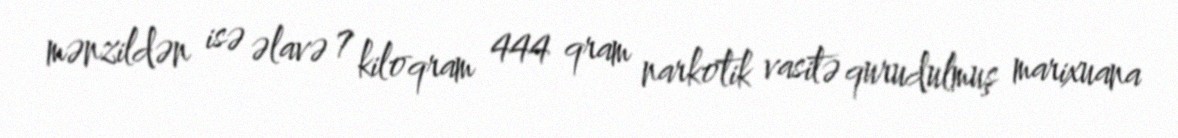
mənzildən isə əlavə 7 kiloqram 444 qram narkotik vasitə qurudulmuş marixuana